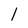
Character: l